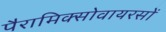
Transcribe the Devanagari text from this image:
पैरामिक्सोवायरसों